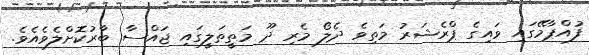
ފުއްޕާމޭގައި ވައިގެ ޕްރެޝަރު މަތިވެ ދެލޯ މެރި ދޫ މަތީތަލީގައި ޖައްސާ ބާރުކޮށްލެވެއެވެ.